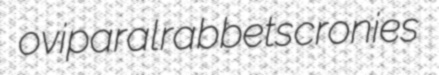
oviparal rabbets cronies